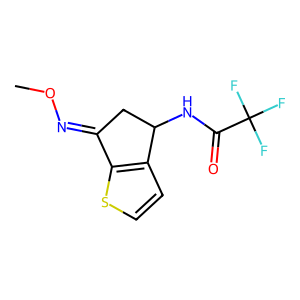
SMILES: CON=C1CC(NC(=O)C(F)(F)F)c2ccsc21
Inhibits HIV replication: No